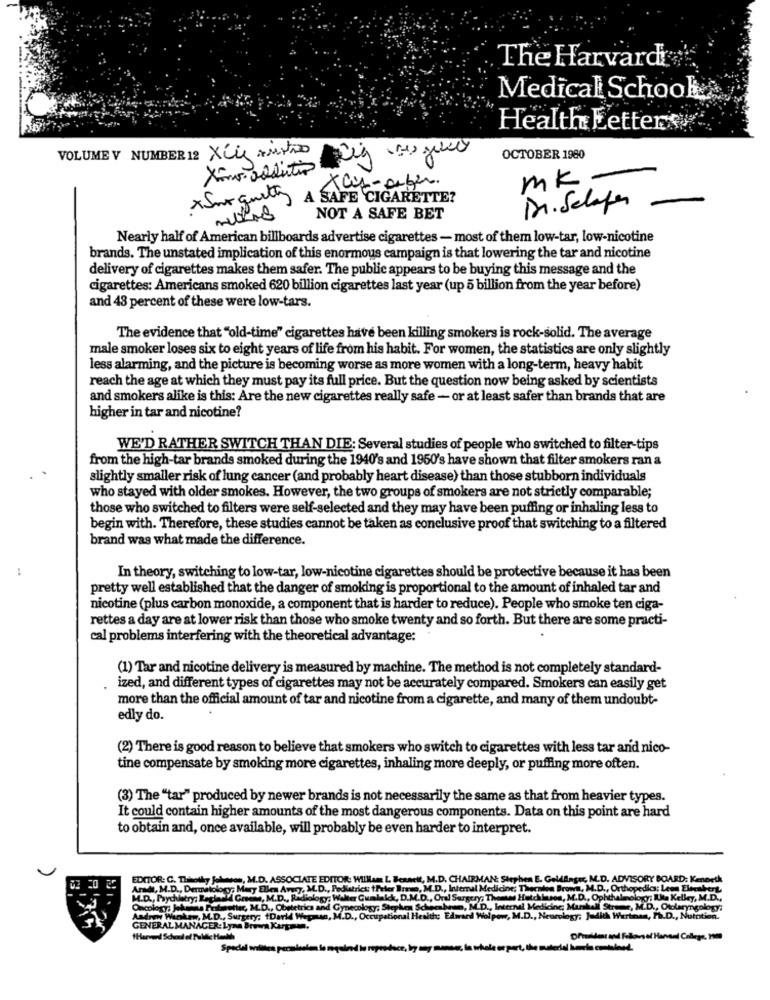
The Harvard
Medical School
Health Letters
VOLUME V NUMBER 12 Xiie Austro
OCTOBER 1980
is-ober.
mk -
x Sur quely A SAFE CIGARETTE!
Dr.Schapen
NOT A SAFE BET
Nearly half of American billboards advertise cigarettes - most of them low-tar, low-nicotine
brands. The unstated implication of this enormous campaign is that lowering the tar and nicotine
delivery of cigarettes makes them safer. The public appears to be buying this message and the
cigarettes: Americans smoked 620 billion cigarettes last year (up 5 billion from the year before)
and 48 percent of these were low-tars.
The evidence that "old-time" cigarettes have been killing smokers is rock-solid. The average
male smoker loses six to eight years of life from his habit. For women, the statistics are only slightly
less alarming, and the picture is becoming worse as more women with a long-term, heavy habit
reach the age at which they must pay its full price. But the question now being asked by scientists
and smokers alike is this: Are the new cigarettes really safe - or at least safer than brands that are
higher in tar and nicotine?
WE'D RATHER SWITCH THAN DIE: Several studies of people who switched to filter-tips
from the high-tar brands smoked during the 1940's and 1950's have shown that filter smokers ran a
slightly smaller risk of lung cancer (and probably heart disease) than those stubborn individuals
who stayed with older smokes. However, the two groups of smokers are not strictly comparable;
those who switched to filters were self-selected and they may have been puffing or inhaling less to
begin with. Therefore, these studies cannot be taken as conclusive proof that switching to a filtered
brand was what made the difference.
In theory, switching to low-tar, low-nicotine cigarettes should be protective because it has been
pretty well established that the danger of smoking is proportional to the amount of inhaled tar and
nicotine (plus carbon monoxide, a component that is harder to reduce). People who smoke ten ciga-
rettes a day are at lower risk than those who smoke twenty and so forth. But there are some practi-
cal problems interfering with the theoretical advantage:
(1) Tar and nicotine delivery is measured by machine. The method is not completely standard-
ized, and different types of cigarettes may not be accurately compared. Smokers can easily get
more than the official amount of tar and nicotine from a cigarette, and many of them undoubt-
edly do.
(2) There is good reason to believe that smokers who switch to cigarettes with less tar and nico-
tine compensate by smoking more cigarettes, inhaling more deeply, or puffing more often.
(3) The "tar" produced by newer brands is not necessarily the same as that from heavier types.
It could contain higher amounts of the most dangerous components. Data on this point are hard
to obtain and, once available, will probably be even harder to interpret.
02 20
EDITOR: C. Thisolky Jelumsos, M.D. ASSOCIATE EDITOR: WILlam L. Beanet, M.D. CHAIRMAN: Stephen E. GeldAnger, M.D. ADVISORY BOARD: Kenneth
Arndt, M.D ., Dermatology; Mary Ellen Avery, M.D ., Pediatrics: tFeler Breve, M.D ., Internal Medicine; Therates Brown, M.D ., Orthopedics: Les Elerabert,
M.D ., Psychiatry: Regler M Groen
M.D ., Psychiatry; Reglar 4 Graeme, M.D ., Radiology; Walter Cualalck, D.M.D ., Oral Surgery; Themes Hutchinson, M.D ., Ophthalmology; Kke Kelley, M.D.
Oncology: Johanna Pestseetter, M.D ., Obstetrics and Gynecology: Stephen Schwenk
Andrew Wanken, M.D ., Surgery; tDarid Wepaun, M.D ., Occupational Health Edward Wolpow, M.D ., Neurology; Judith Wertman, Ph.D ., Nu
GENERAL MANAGER:Lynn Br
Special willtes permilsolo